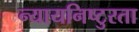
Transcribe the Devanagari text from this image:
न्यायनिष्टुरता